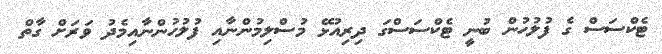
ޓެކްސަސް ގެ ފުލުހުން ބުނީ ޓެކްސަސްގަ ދިރިއުޅޭ މުސްލިމުންނާއި ފުލުހުންނާއިމެދު ވަރަށް ގާތް